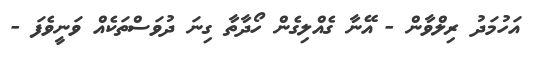
އަހުމަދު ރިލްވާން - އޭނާ ގެއްލިގެން ހޯދާތާ ގިނަ ދުވަސްތަކެއް ވަނީވެފަ -